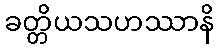
ခတ္တိယသဟဿာနိ